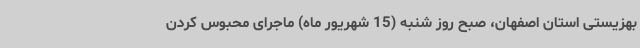
بهزیستی استان اصفهان، صبح روز شنبه (15 شهریور ماه) ماجرای محبوس کردن